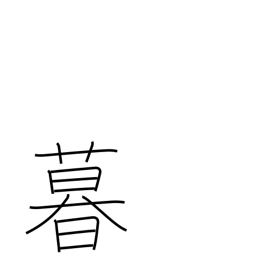
Meaning: livelihood